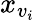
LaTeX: x_{v_{i}}